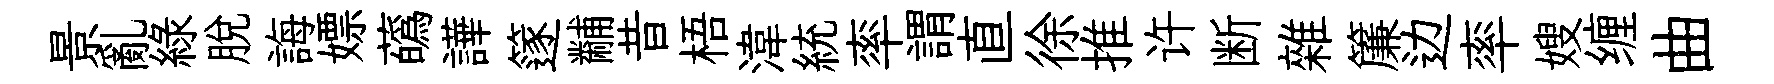
景亂綠脱誨嫖蘤譁篴黼昔梧湋統率謂直徐推许断雜簾边率嫂缠曲